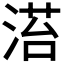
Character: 𣹓